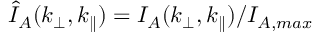
\hat { I } _ { A } ( k _ { \perp } , k _ { \parallel } ) = I _ { A } ( k _ { \perp } , k _ { \parallel } ) / I _ { A , m a x }